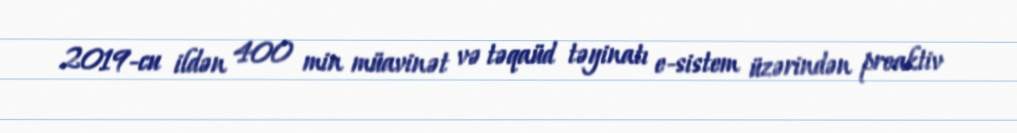
2019-cu ildən 400 min müavinət və təqaüd təyinatı e-sistem üzərindən proaktiv